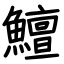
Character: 鱣